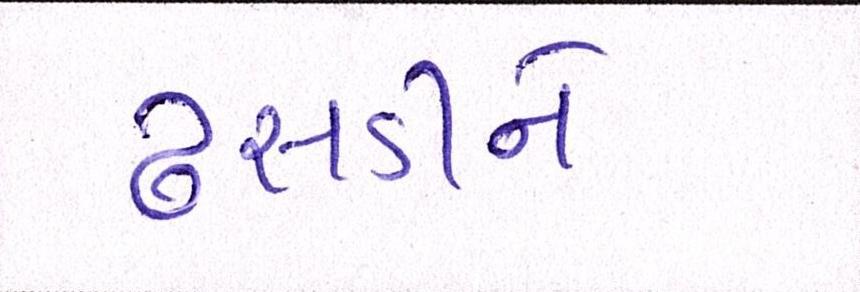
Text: ઢસડીને